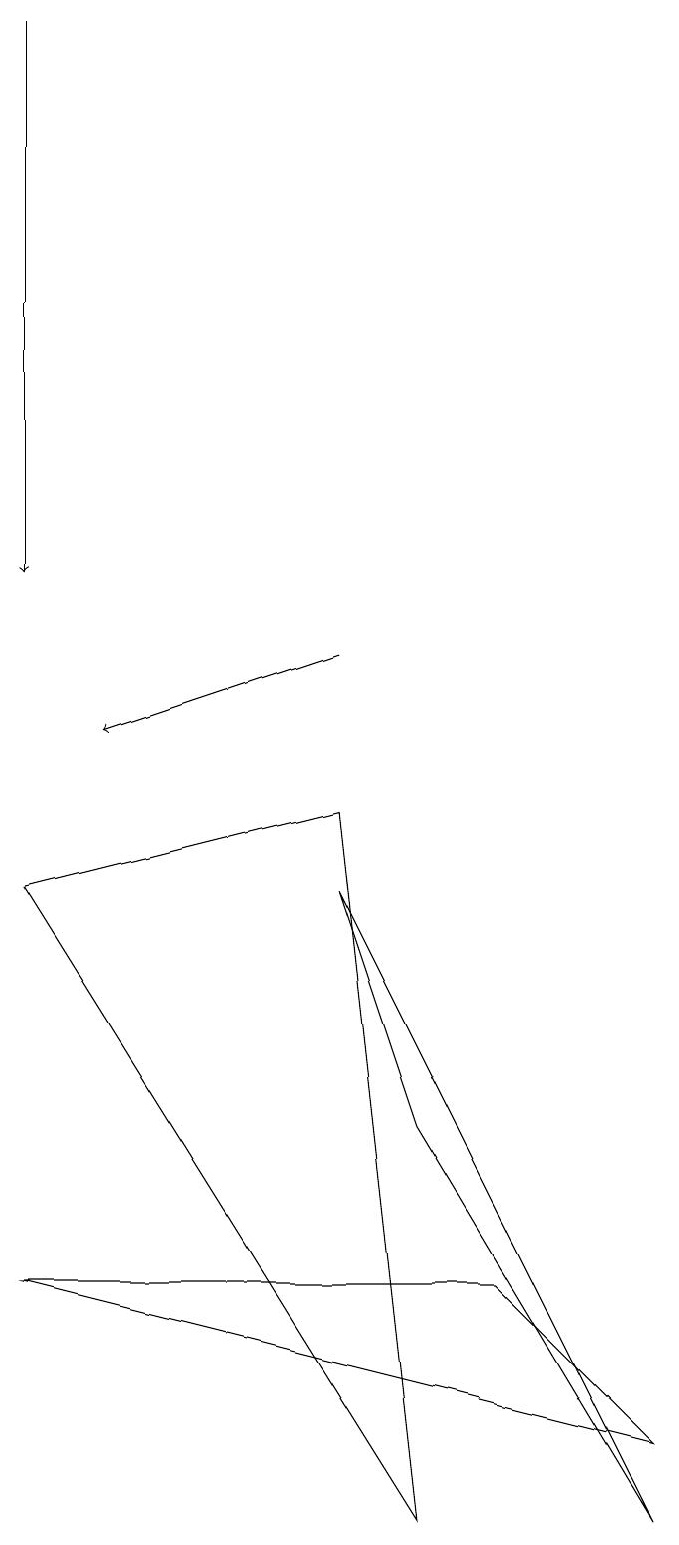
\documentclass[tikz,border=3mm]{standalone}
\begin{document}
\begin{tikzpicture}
\draw[->] (1,19) -- (1,12);
\draw (1,8) -- (6,0) -- (5,9) -- cycle;
\draw (7,3) -- (1,3) -- (9,1) -- cycle;
\draw[->] (5,11) -- (2,10);
\draw (6,5) -- (9,0) -- (5,8) -- cycle;
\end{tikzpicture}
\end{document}